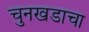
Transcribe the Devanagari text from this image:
चुनखडाचा